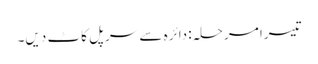
تیسرا مرحلہ: دائرہ سے سرپل کاٹ دیں۔